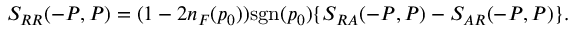
S _ { R R } ( - P , P ) = ( 1 - 2 n _ { F } ( p _ { 0 } ) ) \mathrm { s g n } ( p _ { 0 } ) \{ S _ { R A } ( - P , P ) - S _ { A R } ( - P , P ) \} .